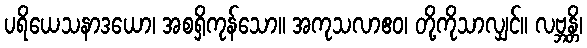
ပရိယေသနာဒယော၊ အစရှိကုန်သော။ အကုသလာဧဝ၊ တို့ကိုသာလျှင်။ လဗ္ဘန္တိ၊